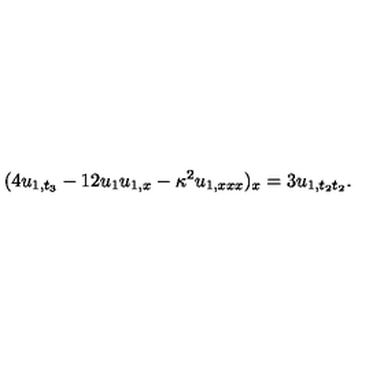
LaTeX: ( 4 u _ { 1 , t _ { 3 } } - 1 2 u _ { 1 } u _ { 1 , x } - \kappa ^ { 2 } u _ { 1 , x x x } ) _ { x } = 3 u _ { 1 , t _ { 2 } t _ { 2 } } .